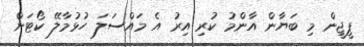
ޕީޖީން މި ބަޔާން އާންމު ކުރި އިރު އެ މައްސަލަ ހުޅުމާލޭ ކޯޓަށް